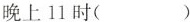
晚上11时（）